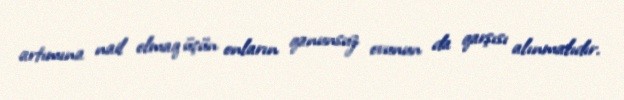
artımına nail olmaq üçün onların qanunsuz ovunun da qarşısı alınmalıdır.